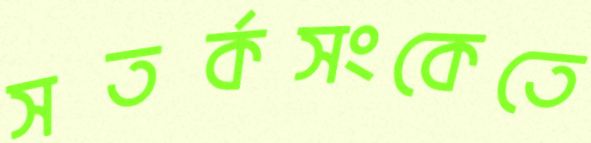
সতর্কসংকেতে